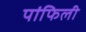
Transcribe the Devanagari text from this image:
पांफिली